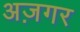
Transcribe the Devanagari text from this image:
अज़गर